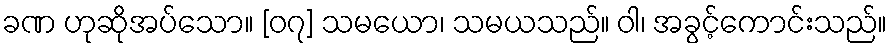
ခဏ ဟုဆိုအပ်သော။ [၀၇] သမယော၊ သမယသည်။ ဝါ၊ အခွင့်ကောင်းသည်။